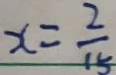
x = \frac { 2 } { 1 5 }